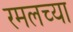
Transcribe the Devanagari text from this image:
रमलच्या